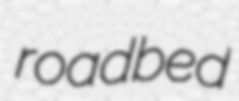
roadbed